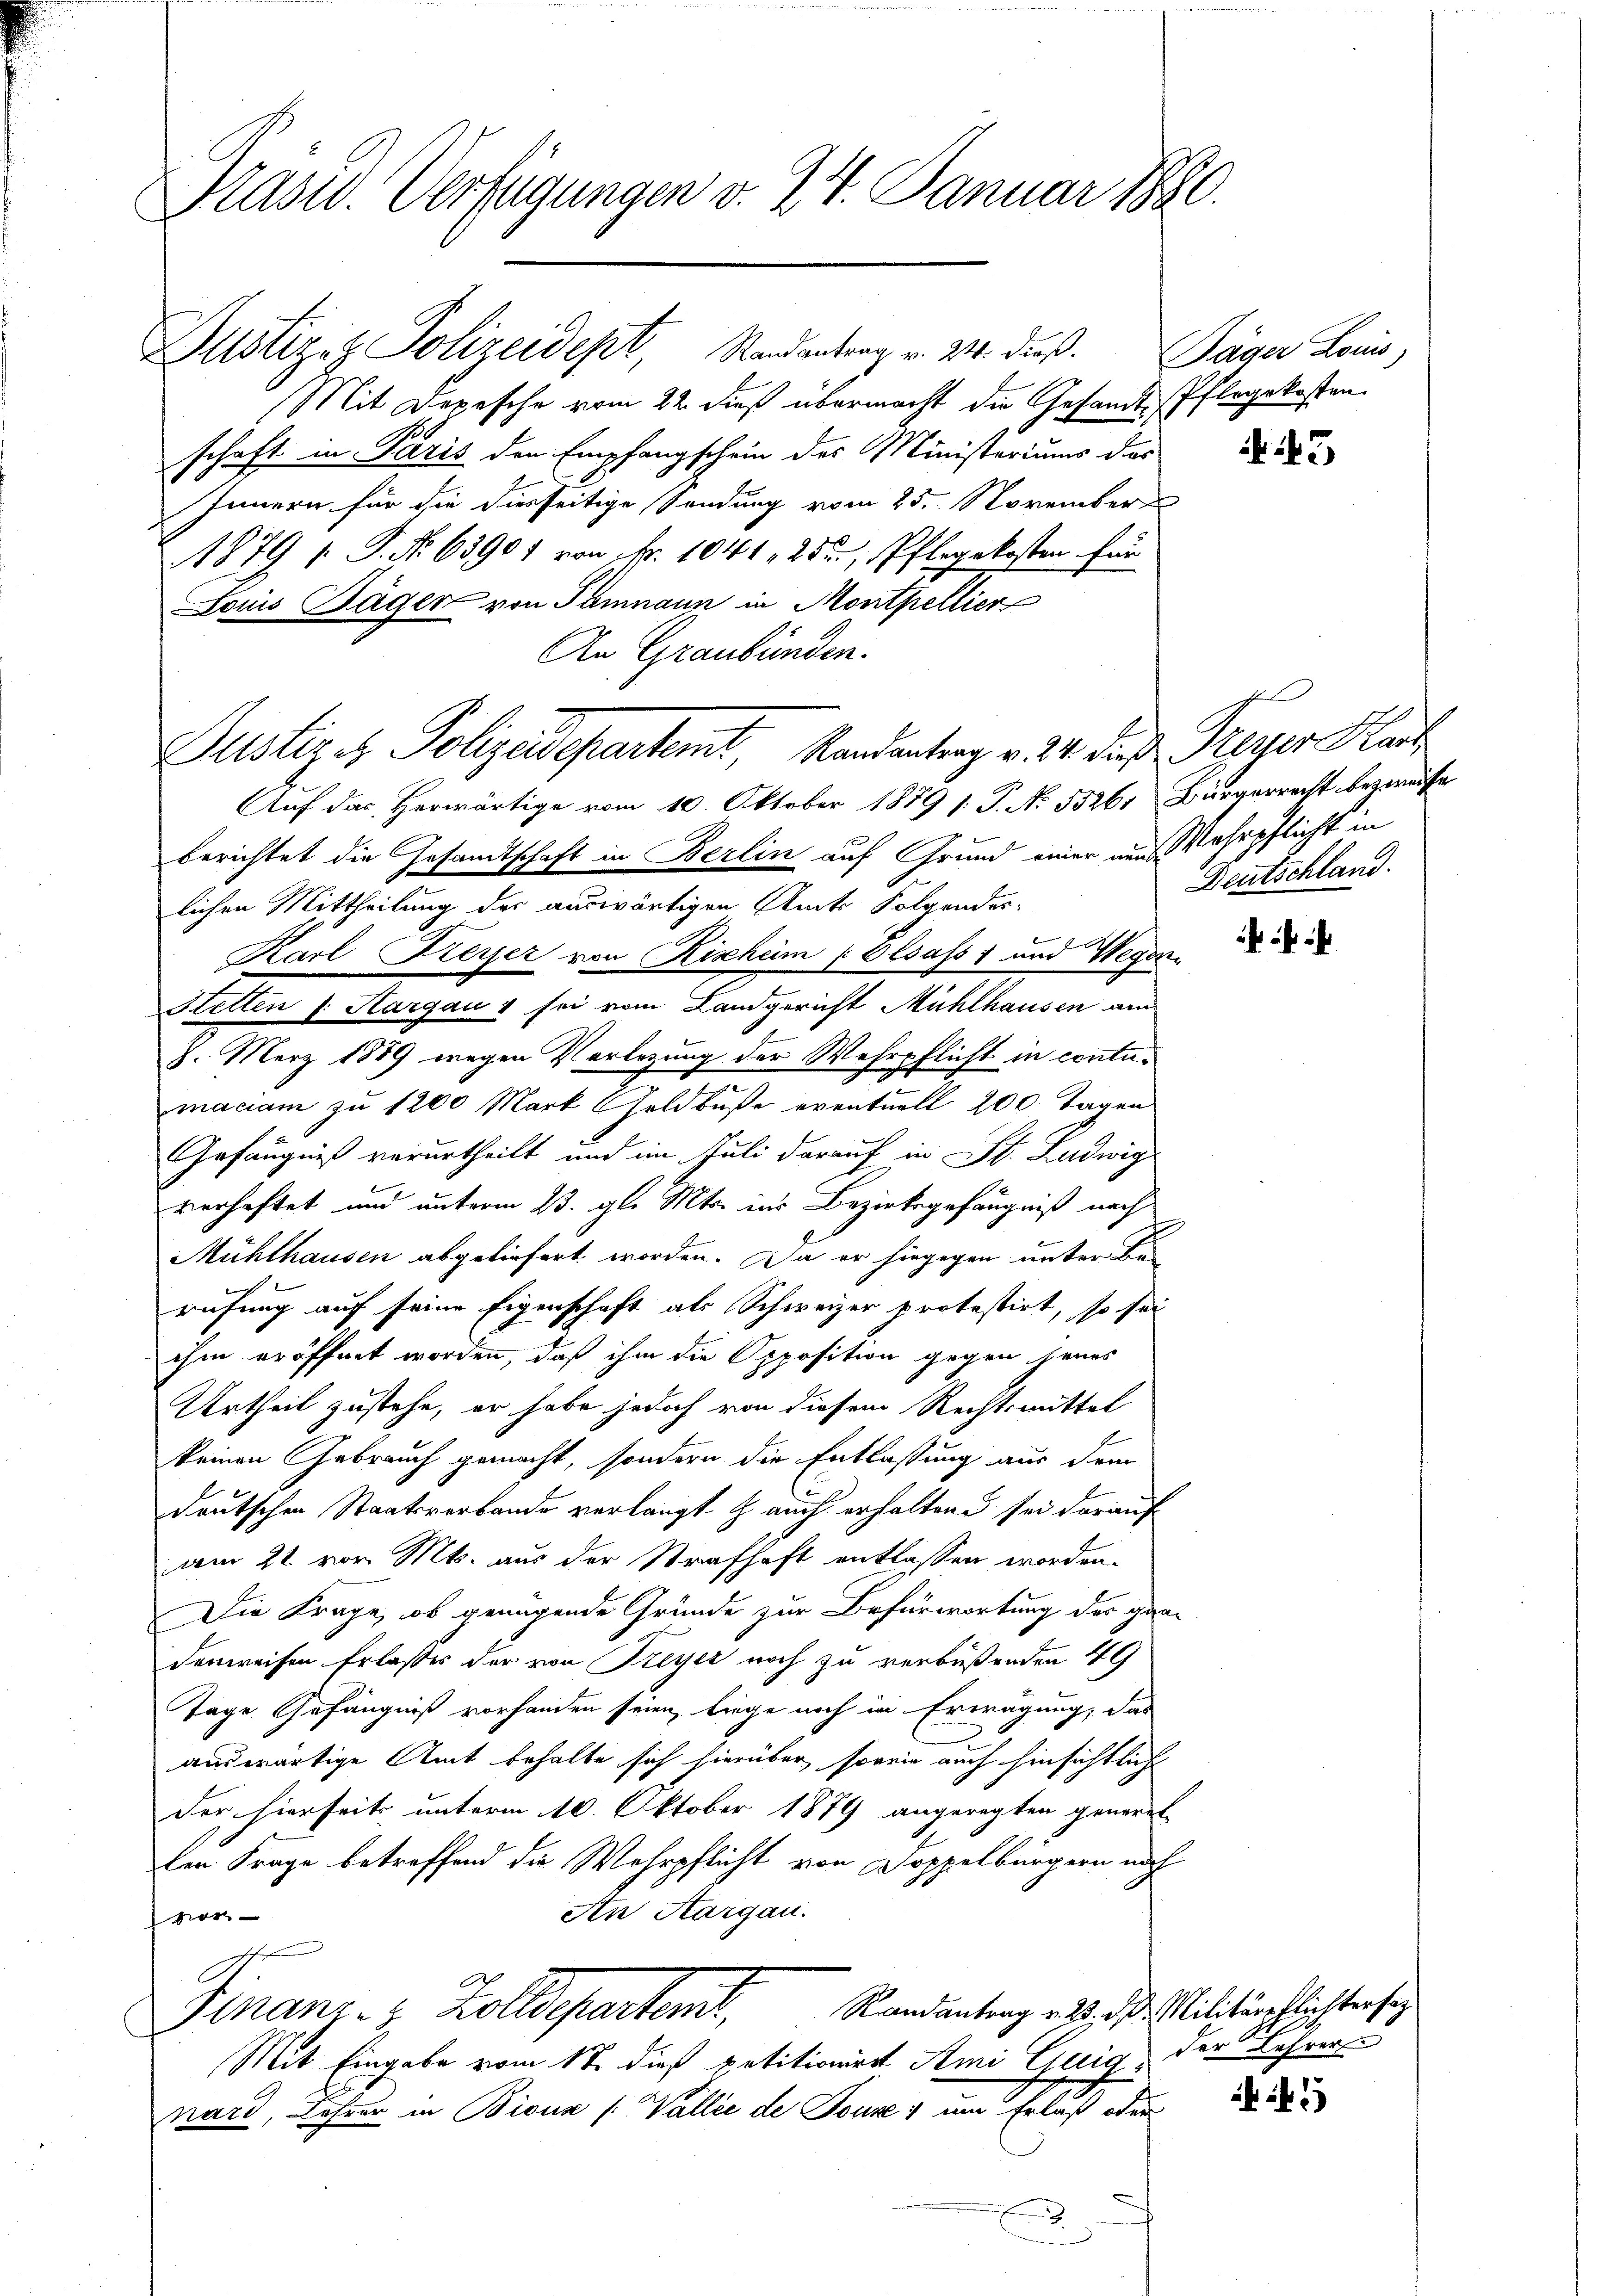
Präsid. Verfügungen v. 24. Januar 1880.

Justiziz Polizeidept, Randantrag v. 24. dieß. Jäger Louis
Mit Depesche vom 22. dieß übermacht die Gesandt-Pflegekosten
schaft in Paris den Empfangschein des Ministeriums des
Innern für die diesseitige Sendung vom 25. November
A879 s P. No 63907 von Nr. 1041, 25, Pflegekosten für
Louis Häger von Samnaun in Montpellier
An Graubünden.
Auf das Herwärtige vom 10. Oktober 1879 s: P. N. 5526, Bürgerrecht bezweife
berichtet die Gesandtschaft in Berlin auf Grund einer und Wehrpflicht in
lichen Mittheilung der auswärtigen Amts Folgendes-
Karl Feyer von Rischem Elsass 1 und Wegen.
Hetten (: Hargau & sei vom Landgericht Mühlhausen am
8. März 1889 wegen Vorlegung der Wehrpflicht in contu¬
.
maciam zu 1200 Mark Geldbuße eventuell 200 Tagen
Gefängniß verurtheilt und im Juli darauf in St. Ludwig
verhaftet und unterm 23. gl. Mts. ins Bezirksgefängniß nach
Mühlhausen abgeliefert worden. Da er hingegen unter Be-
rufung auf seine Eigenschaft als Schweizer protestirt, so sei
ihm eröffnet worden, daß ihm die Opposition gegen seines
Urtheil zustehe, er habe jedoch von diesem Rechtsmittel
keinen Gebrauch gemacht, sondern die Entlaßung aus dem
deutschen Staatsverbande verlangt & auch erhaltend sei darauf
am 21. vor. Mts. aus der Strafhaft entlassen worden.
Die Frage, ob genügende Gründe zur Befürwortung der gra-
denweisen Erlasses der von Freyer noch zu verbüßenden 49
Tage Gefängniß vorhanden seien, liege noch in Erwägung, das
auswärtige Amt behalte sich hierüber, sowie auch hinsichtlich
der hierseits unterm 10. Oktober 1879 angeregten general-
len Frage betreffend die Wehrpflicht von Doppelbürgern noch
An Aargau.
0
Randantrag v. 23. d. Militärpflichtersag
Finanz- u. Kolle partend,
Mit Eingabe vom 17. dieß petitionirt Ami Guig der Lehrer
nard, Lehrer in Biouz /: Wallié de Touren um Erlaß oder
.

Justiges Polizeidepartemt, Randantrag v. 24. daß Peyer Kauf

3

Deutschland.

2